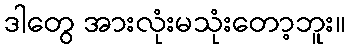
ဒါတွေ အားလုံးမသုံးတော့ဘူး။